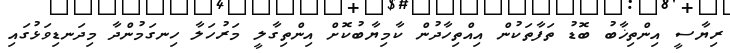
ރިޔާސީ އިންތިޚާބު ބޮޑު ތަފާތަކުން އިއްތިހާދުން ކާމިޔާބުކޮށް އިންތިގާލީ މަރުހަލާ ހިނގަމުންދާ މިދަނޑިވަޅުގައި